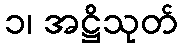
၁၊ အဋ္ဌိသုတ်